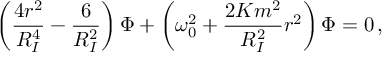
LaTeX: \left( \frac { 4 r ^ { 2 } } { R _ { I } ^ { 4 } } - \frac { 6 } { R _ { I } ^ { 2 } } \right) \Phi + \left( \omega _ { 0 } ^ { 2 } + \frac { 2 K m ^ { 2 } } { R _ { I } ^ { 2 } } r ^ { 2 } \right) \Phi = 0 \, ,